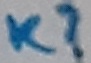
Text: K?